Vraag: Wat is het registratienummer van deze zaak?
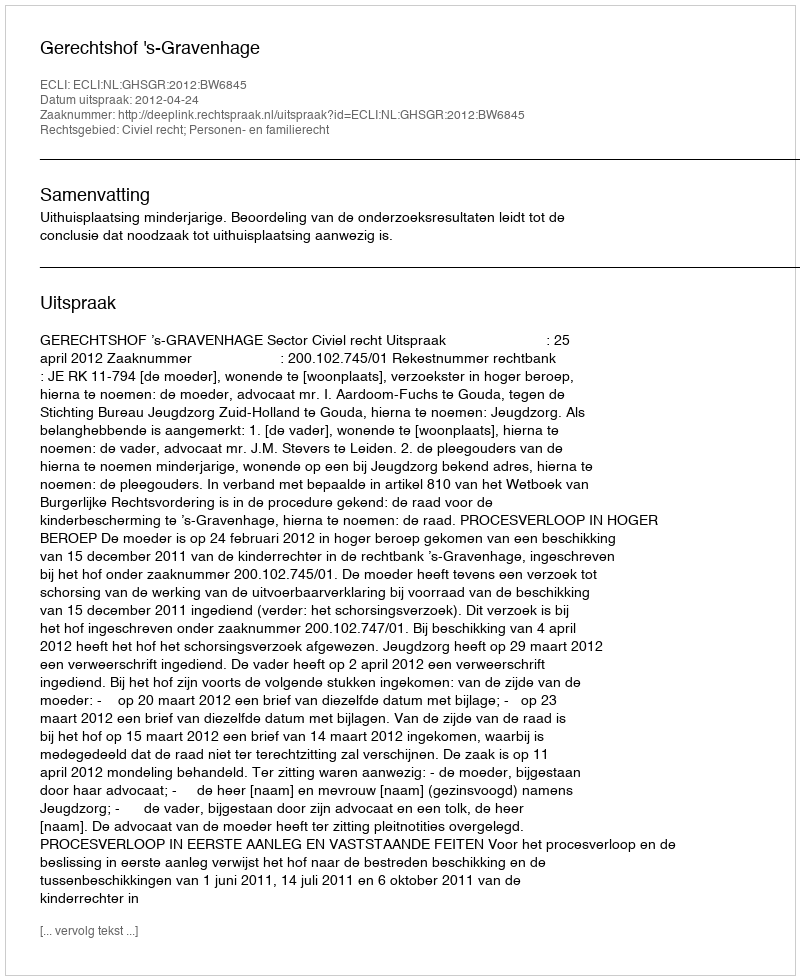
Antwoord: http://deeplink.rechtspraak.nl/uitspraak?id=ECLI:NL:GHSGR:2012:BW6845